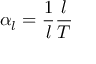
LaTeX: \alpha _ { l } = { \frac { 1 } { l } } { \frac { l } { T } }